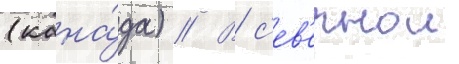
(кана́да) // В с'ев'ернои